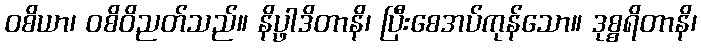
ဝစိယာ၊ ဝစိဝိညတ်သည်။ နိပ္ဖါဒိတာနိ၊ ပြီးစေအပ်ကုန်သော။ ဒုစ္စရိတာနိ၊